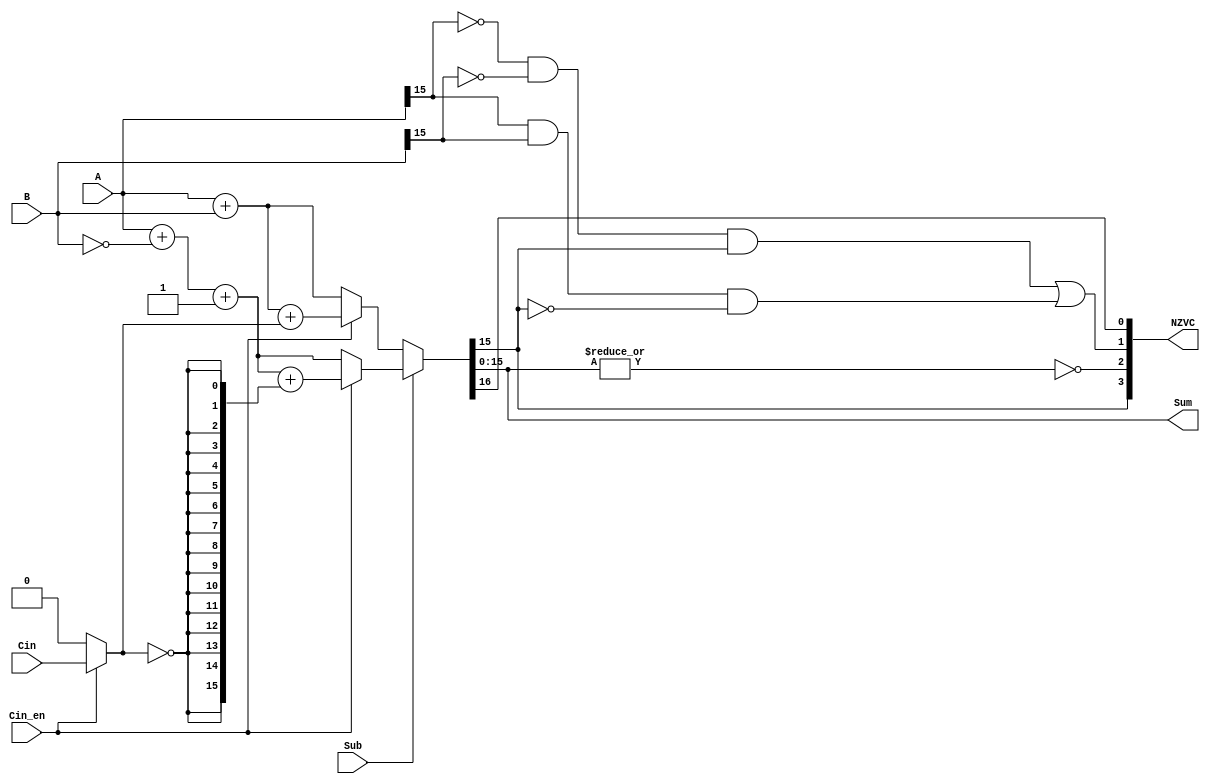
//*****************************************************************************
// Module declaration
module ALU
(
    A,
    B,
    Cin,
    Sum,
    Sub,
    Cin_en,
    NZVC
);
//*****************************************************************************
    // I/O port declaration
    input  [16-1:0] A;      // 16 bits addend A
    input  [16-1:0] B;      // 16 bits addend B
    input           Cin;
    input           Cin_en;
    input           Sub;    // Sub Ctrl
    output [16-1:0] Sum;    // 16 bits ALU operation result
    output [ 4-1:0] NZVC;   // N: Negative, Z: Zero, V: oVerflow,  C: Carry

    // Global variable declaration
    wire   [  16:0] result; 
    wire            Ci;
    // System conection
    assign Sum = result[15:0];

    assign NZVC[3]   = result[15];                          
    assign NZVC[2]   = ~(|result[15:0]);                                                                
    assign NZVC[1]   = (~A[15] & ~B[15] &  result[15]) | (A[15] & B[15] &  ~result[15]);
    assign NZVC[0]   = result[16]; 
                           
    assign Ci = (Cin_en) ? Cin : 1'b0;

    assign result = (Sub) ? ((Cin_en) ? ({1'b0, A} + {1'b0, ~B} + 1'b1 + {16{~Ci}}) 
                                      : ({1'b0, A} + {1'b0, ~B} + 1'b1))
                          : ((Cin_en) ? ({1'b0, A} + {1'b0,  B} + {{15{1'b0}}, Ci}) 
                                      : ({1'b0, A} + {1'b0,  B}));
                  
//*****************************************************************************
endmodule